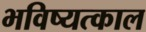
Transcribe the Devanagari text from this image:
भविष्यत्काल